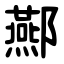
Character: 酀